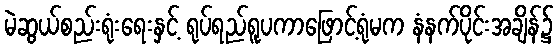
မဲဆွယ်စည်းရုံးရေးနှင့် ရုပ်ရည်ရူပကာဖြောင့်ရုံမက နံနက်ပိုင်းအချိန်၌